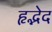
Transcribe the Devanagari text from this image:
हृद्भेद